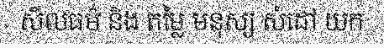
សីលធម៌ និង តម្លៃ មនុស្ស សំដៅ យក